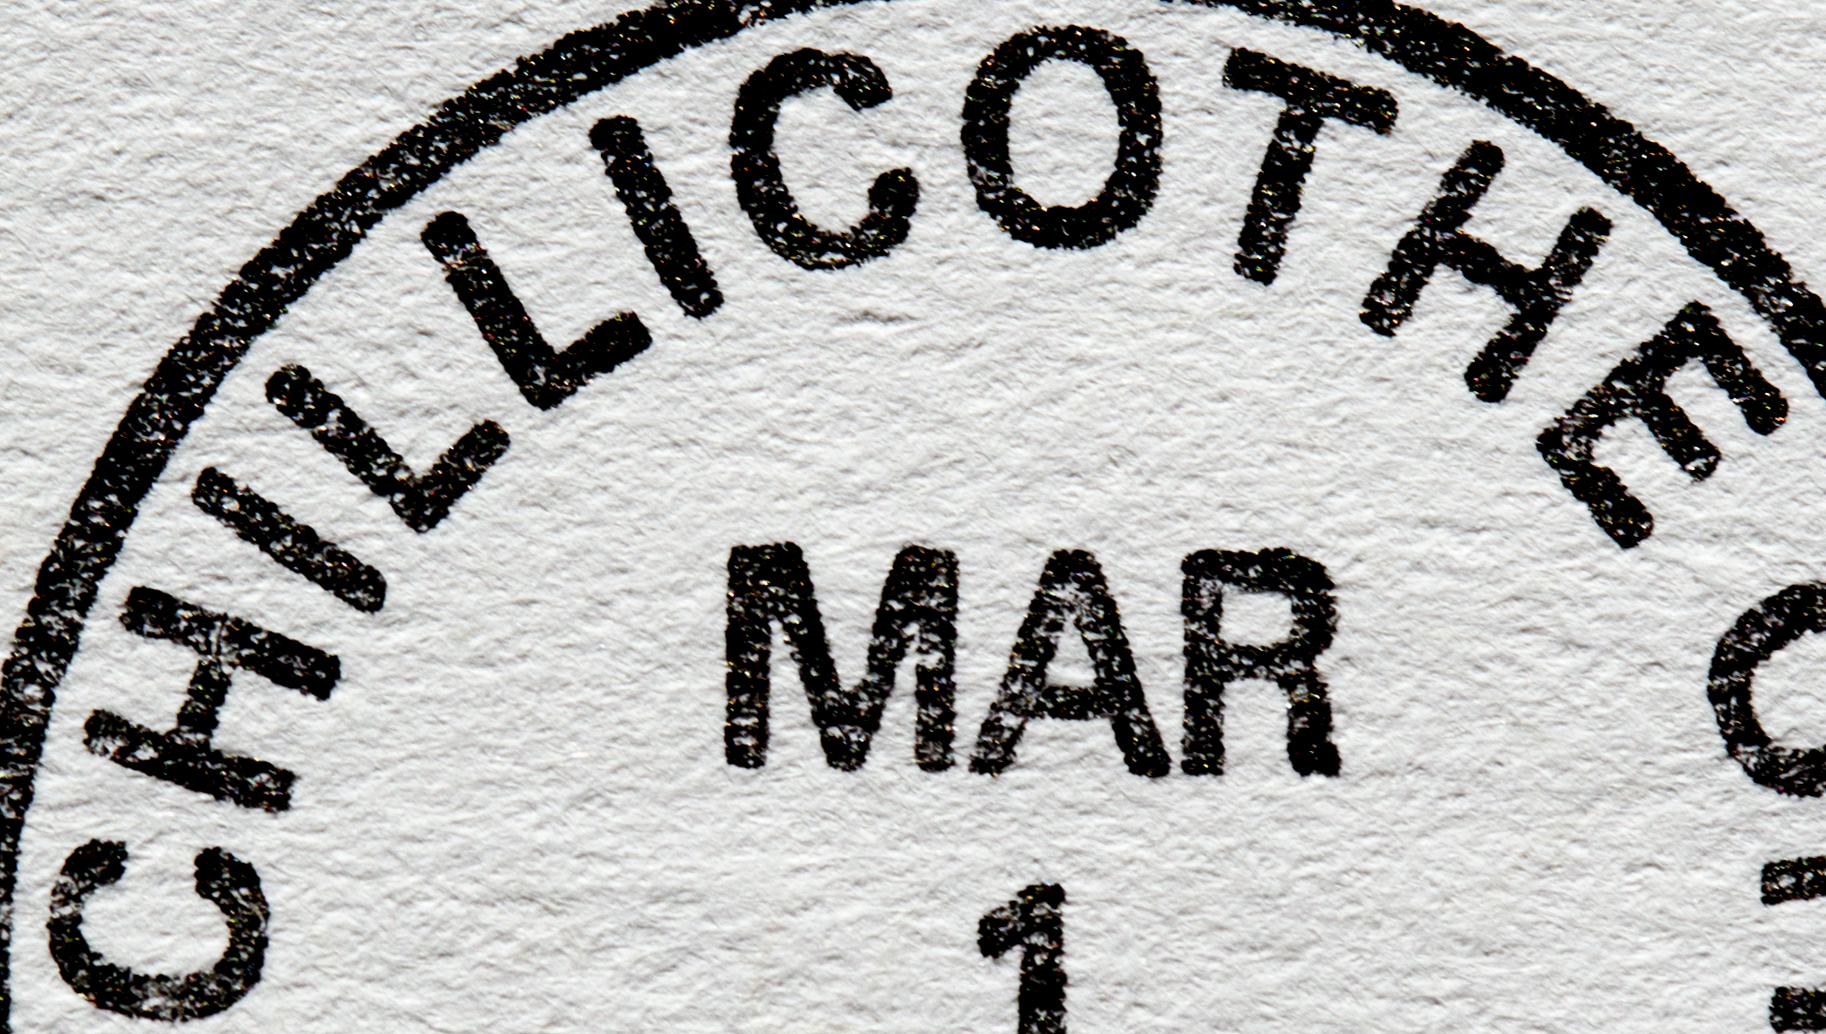
CHILLICOTHE